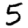
Digit: 5